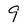
Character: 9